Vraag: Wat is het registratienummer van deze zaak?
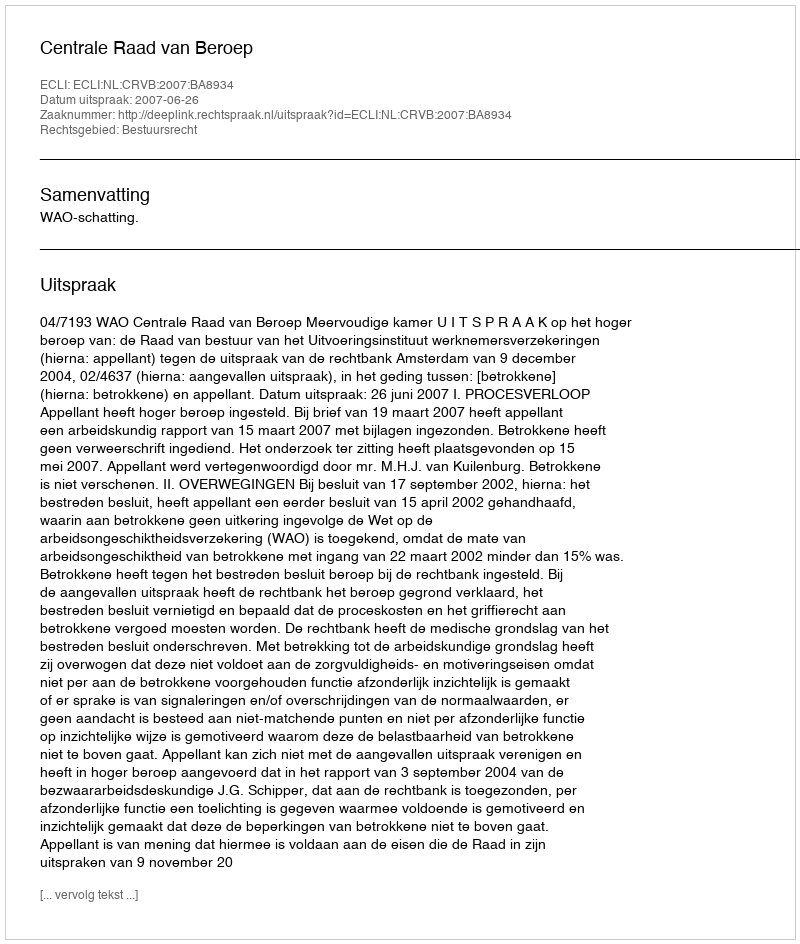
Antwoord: http://deeplink.rechtspraak.nl/uitspraak?id=ECLI:NL:CRVB:2007:BA8934